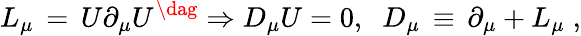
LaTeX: L_{\mu}\, =\, U\partial_{\mu}U^{\dag}\Rightarrow D_{\mu}U=0,\; \; D_{\mu}\, \equiv\, \partial_{\mu}+L_{\mu}\; ,